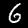
Digit: 6